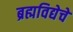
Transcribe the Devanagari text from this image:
ब्रह्मविद्येचे